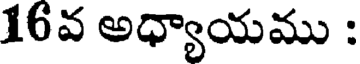
16వ అధ్యాయము :